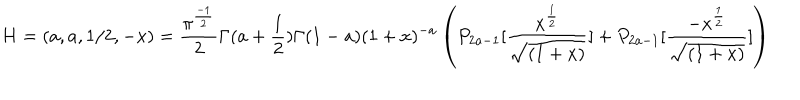
LaTeX: H = ( a , a , 1 / 2 , - x ) = { \frac { \pi ^ { { \frac { - 1 } { 2 } } } } { 2 } } \Gamma ( a + { \frac { 1 } { 2 } } ) \Gamma ( 1 - a ) ( 1 + x ) ^ { - a } \left( P _ { 2 a - 1 } [ { \frac { x ^ { \frac { 1 } { 2 } } } { \sqrt { ( 1 + x ) } } } ] + P _ { 2 a - 1 } [ { \frac { - x ^ { \frac { 1 } { 2 } } } { \sqrt { ( 1 + x ) } } } ] \right)